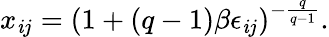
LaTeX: x_{\mathit{i}j}=(1+(q-1)\beta\epsilon_{\mathit{i}j})^{-\frac{{q}}{{q-1}}}.